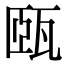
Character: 㼢